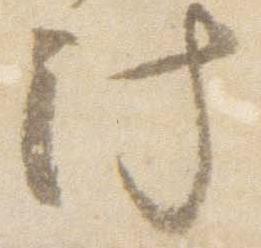
汁